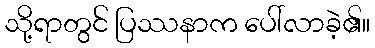
သို့ရာတွင် ပြဿနာက ပေါ်လာခဲ့၏။